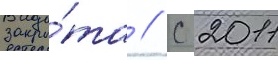
закры́та // С 2011